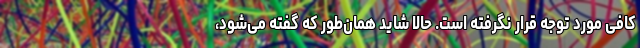
کافی مورد توجه قرار نگرفته است. حالا شاید همان‌طور که گفته می‌شود،